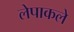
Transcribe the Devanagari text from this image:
लेपाकले